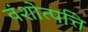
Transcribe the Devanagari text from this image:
वंशोत्पत्ति